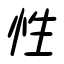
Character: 性